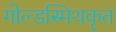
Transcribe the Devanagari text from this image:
गोल्डस्मिथकृत